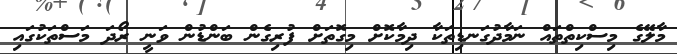
މާލޭގެ މިސްކިތްތައް ނަމާދުގަނޑިތަކާ ދިމާކޮށް މިގޮތަށް ފުރިގެން ބަންޑުން ވަނީ ރޯދަ މަސްތަކުގައި